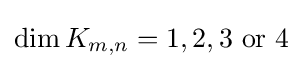
\dim K_{m,n}=1,2,3{\text{ or }}4